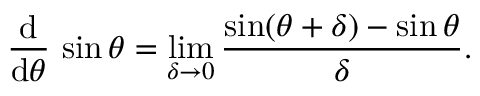
{ \frac { \operatorname { d } } { \operatorname { d } \! \theta } } \, \sin \theta = \operatorname* { l i m } _ { \delta \to 0 } { \frac { \sin ( \theta + \delta ) - \sin \theta } { \delta } } .